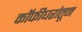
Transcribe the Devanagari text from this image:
कॉफीघरांतून